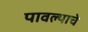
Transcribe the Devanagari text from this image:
पावल्याचे